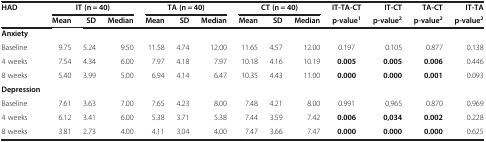
| HAD | <COLSPAN=3> IT (n = 40) | <COLSPAN=3> TA (n = 40) | <COLSPAN=3> CT (n = 40) | IT-TA-CT | IT-CT | TA-CT | IT-TA |
 |  | Mean | SD | Median | Mean | SD | Median | Mean | SD | Median | p-value1 | p-value2 | p-value2 | p-value2 |
 | --- | --- | --- | --- | --- | --- | --- | --- | --- | --- | --- | --- | --- | --- |
 | Anxiety |  |  |  |  |  |  |  |  |  |  |  |  |  |
 | Baseline | 9.75 | 5.24 | 9.50 | 11.58 | 4.74 | 12.00 | 11.65 | 4.57 | 12.00 | 0.197 | 0.105 | 0.877 | 0.138 |
 | 4 weeks | 7.54 | 4.34 | 6.00 | 7.97 | 4.18 | 7.97 | 10.18 | 4.16 | 10.19 | 0.005 | 0.005 | 0.006 | 0.446 |
 | 8 weeks | 5.40 | 3.99 | 5.00 | 6.94 | 4.14 | 6.47 | 10.35 | 4.43 | 11.00 | 0.000 | 0.000 | 0.001 | 0.093 |
 | Depression |  |  |  |  |  |  |  |  |  |  |  |  |  |
 | Baseline | 7.61 | 3.63 | 7.00 | 7.65 | 4.23 | 8.00 | 7.48 | 4.21 | 8.00 | 0.991 | 0,965 | 0.870 | 0.969 |
 | 4 weeks | 6.12 | 3.41 | 6.00 | 5.38 | 3.71 | 5.38 | 7.44 | 3.59 | 7.42 | 0.006 | 0,034 | 0.002 | 0.228 |
 | 8 weeks | 3.81 | 2.73 | 4.00 | 4.11 | 3.04 | 4.00 | 7.47 | 3.66 | 7.47 | 0.000 | 0.000 | 0.000 | 0.625 |